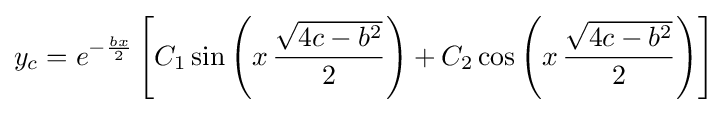
y_{c}=e^{-{\frac {bx}{2}}}\left[C_{1}\sin \left(x\,{\frac {\sqrt {4c-b^{2}}}{2}}\right)+C_{2}\cos \left(x\,{\frac {\sqrt {4c-b^{2}}}{2}}\right)\right]